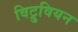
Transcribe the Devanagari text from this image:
विट्रुवियन